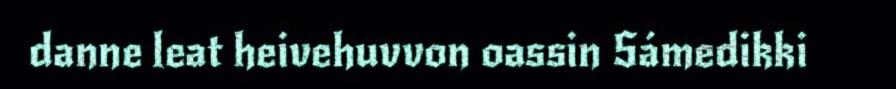
danne leat heivehuvvon oassin Sámedikki